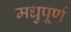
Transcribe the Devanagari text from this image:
मधुपूर्ण